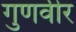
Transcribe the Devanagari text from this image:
गुणवीर